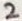
Text: 2